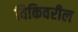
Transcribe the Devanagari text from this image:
विकिवरील